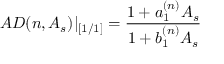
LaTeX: A D ( n , A _ { s } ) | _ { [ 1 / 1 ] } = \frac { 1 + a _ { 1 } ^ { ( n ) } A _ { s } } { 1 + b _ { 1 } ^ { ( n ) } A _ { s } }